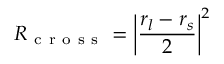
R _ { \mathrm { ~ c ~ r ~ o ~ s ~ s ~ } } = \left| \frac { r _ { l } - r _ { s } } { 2 } \right| ^ { 2 }